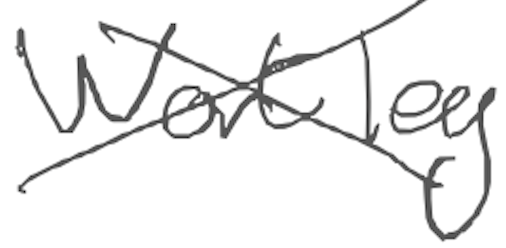
Text: Wortley
Cross-out: cross
Writing tool: digital_gray